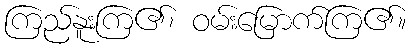
ကြည်နူးကြ၏၊ ဝမ်းမြောက်ကြ၏။